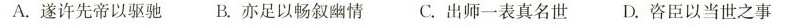
A.遂许先帝以驱驰 B.亦足以畅叙幽情 C.出师一表真名世 D.咨臣以当世之事